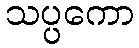
သပ္ပကော